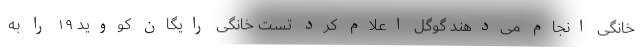
خانگی انجام می‌دهند گوگل اعلام کرد تست خانگی رایگان کووید ۱۹ را به